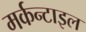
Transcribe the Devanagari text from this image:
मर्कन्टाइल